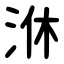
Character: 㳜